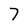
Character: 7